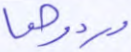
وردوها